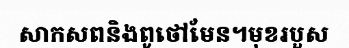
សាកសពនិងពូថៅមែន។មុខរបួស